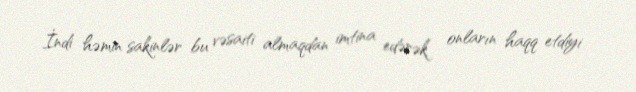
İndi həmin sakinlər bu vəsaiti almaqdan imtina edərək onların haqq etdiyi